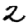
Digit: 2